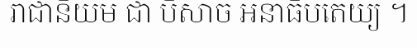
រាជានិយម ជា បិសាច អនាធិបតេយ្យ ។